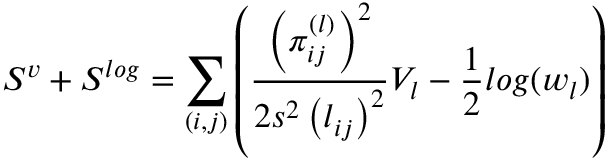
S ^ { v } + S ^ { l o g } = \sum _ { ( i , j ) } \left( \frac { \left( \pi _ { i j } ^ { ( l ) } \right) ^ { 2 } } { 2 s ^ { 2 } \left( l _ { i j } \right) ^ { 2 } } V _ { l } - \frac { 1 } { 2 } l o g ( w _ { l } ) \right)